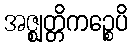
အဇ္ဈတ္တိကဉ္စေပိ